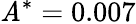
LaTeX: \mathit{A}^{*}=0.007